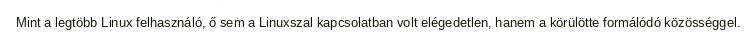
Mint a legtöbb Linux felhasználó, ő sem a Linuxszal kapcsolatban volt elégedetlen, hanem a körülötte formálódó közösséggel.